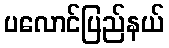
ပလောင်ပြည်နယ်